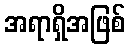
အရာရှိအဖြစ်